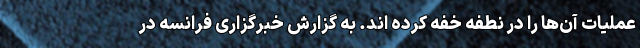
عملیات آن‌ها را در نطفه خفه کرده اند. به گزارش خبرگزاری فرانسه در